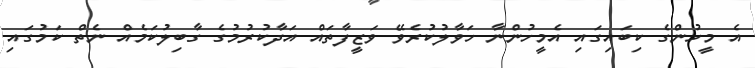
އެ މީހުންގެ ކިބައިގައި އެމީހުންނާ ހަވާލުކުރެވޭ ވަޒީފާތައް އަދާކުރުމުގެ ގާބިލުކަމެއް ނެތް ކަމުގައި